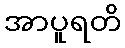
အာပူရတိ